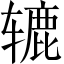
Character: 辘